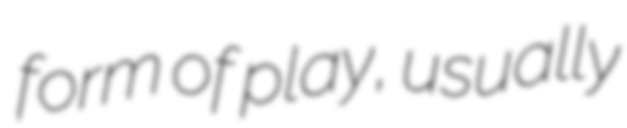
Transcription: form of play, usually